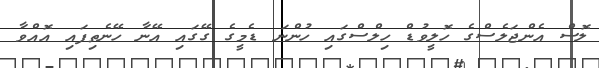
ލޮސް އެންޖަލެސްގެ ހޮލީވުޑް ހިލްސްގައި ހުންނަ ޑެމީގެ ގޭގައި އޭނާ ހޭނެތިފައި އޮއްވާ